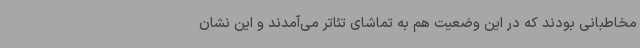
مخاطبانی بودند که در این وضعیت هم به تماشای تئاتر می‌آمدند و این نشان